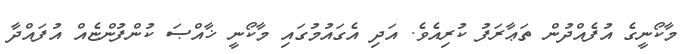
މާކޯނީގެ އުފެއްދުން ތަޢާރަފު ކުރިއެވެ. އަދި އެގައުމުގައި މާކޯނީ ޚާއްޞަ ކުންފުންޏެއް އުފައްދާ